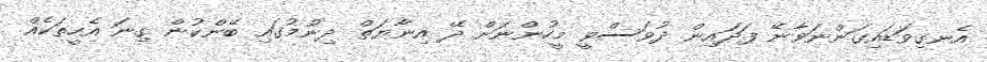
އެނގިވަޑައިގަންނަވާނޭ ފަދައިން ދުވަސްވީ މީހުންނަށް ދޭ އިނާޔަތް ދިނުމުގައި ބޭންކުން ގިނަ އެހީތަކެއް